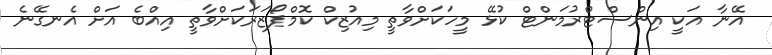
އޭނާ އަކީ އިންސްޓްރުމަންޓް ކުޅޭ މީހަކަށްވާތީ މިއުޒިކް ކޮމްޕޯޒަރަކަށްވާތީ އިއްބެ އަށް އެނގޭނެ